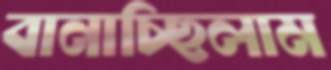
বানাচ্ছিলাম